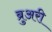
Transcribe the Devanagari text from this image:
ब्रुअरी